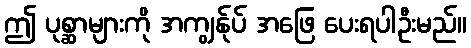
ဤ ပုစ္ဆာများကို အကျွန်ုပ် အဖြေ ပေးရပါဦးမည်။